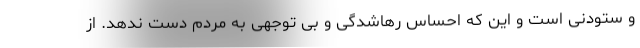
و ستودنی است و این که احساس رهاشدگی و بی توجهی به مردم دست ندهد. از